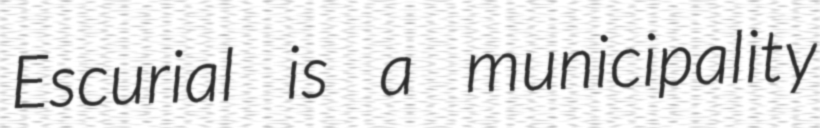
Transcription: Escurial is a municipality